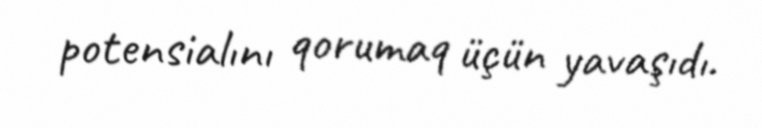
potensialını qorumaq üçün yavaşıdı.